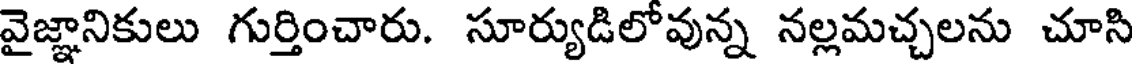
వైజ్ఞానికులు గుర్తించారు. సూర్యుడిలోవున్న నల్లమచ్చలను చూసి